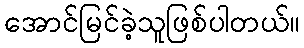
အောင်မြင်ခဲ့သူဖြစ်ပါတယ်။